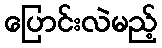
ပြောင်းလဲမည့်